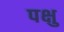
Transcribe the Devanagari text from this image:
पक्षु